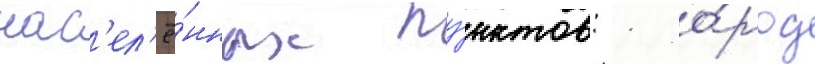
нас'ел'ё́нных пу́нктов: 1 го́род